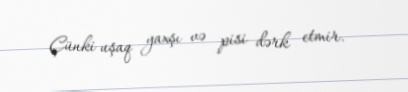
Çünki uşaq yaxşı və pisi dərk etmir.